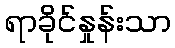
ရာခိုင်နှုန်းသာ